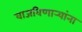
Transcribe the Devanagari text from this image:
वाजविणार्‍यांना